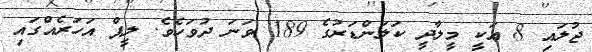
ޖުލައި 8 އަކީ މީލާދީ ކަލަންޑަރުގެ 189 ވަނަ ދުވަހެވެ. ލީޕް އަހަރެއްގައި